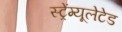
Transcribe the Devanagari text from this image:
स्ट्रेंग्यूलेटेड